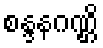
စန္ဒနဂဏ္ဌိ